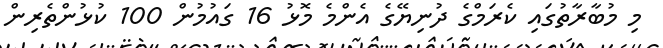
މި މުބާރާތުގައި ކެރަމްގެ ދުނިޔޭގެ އެންމެ މޮޅު 16 ގައުމުން 100 ކުޅުންތެރިން